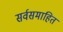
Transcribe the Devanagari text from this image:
सर्वसमाहित